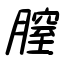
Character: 膣